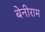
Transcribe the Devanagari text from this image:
बेनीराम